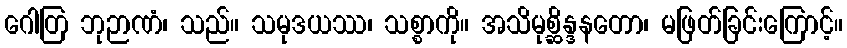
ဂေါတြ ဘုဉာဏံ၊ သည်။ သမုဒယဿ၊ သစ္စာကို။ အသိမုစ္ဆိန္ဒနတော၊ မဖြတ်ခြင်းကြောင့်။